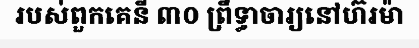
របស់ពួកគេនី ៣០ ព្រឹទ្ធាចារ្យនៅហ៊រម៉ា